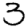
Digit: 3